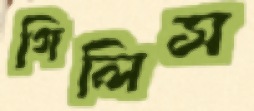
গিলিস